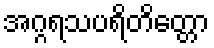
အဂ္ဂရသပရိတိတ္တော